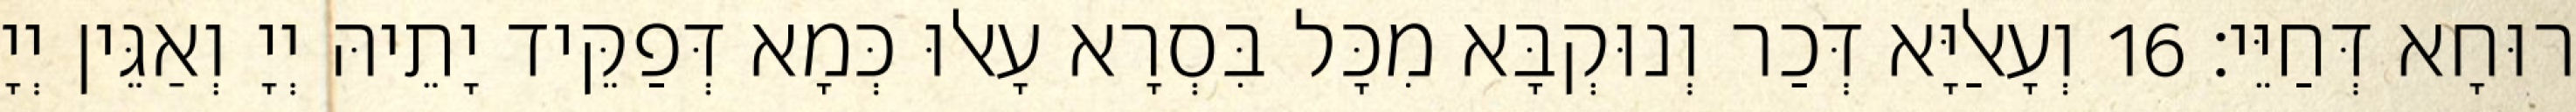
רוּחָא דְּחַיֵּי׃ 16 וְעָאלַיָּא דְּכַר וְנוּקְבָּא מִכָּל בִּסְרָא עָאלוּ כְּמָא דְּפַקֵּיד יָתֵיהּ יְיָ וְאַגֵּין יְיָ